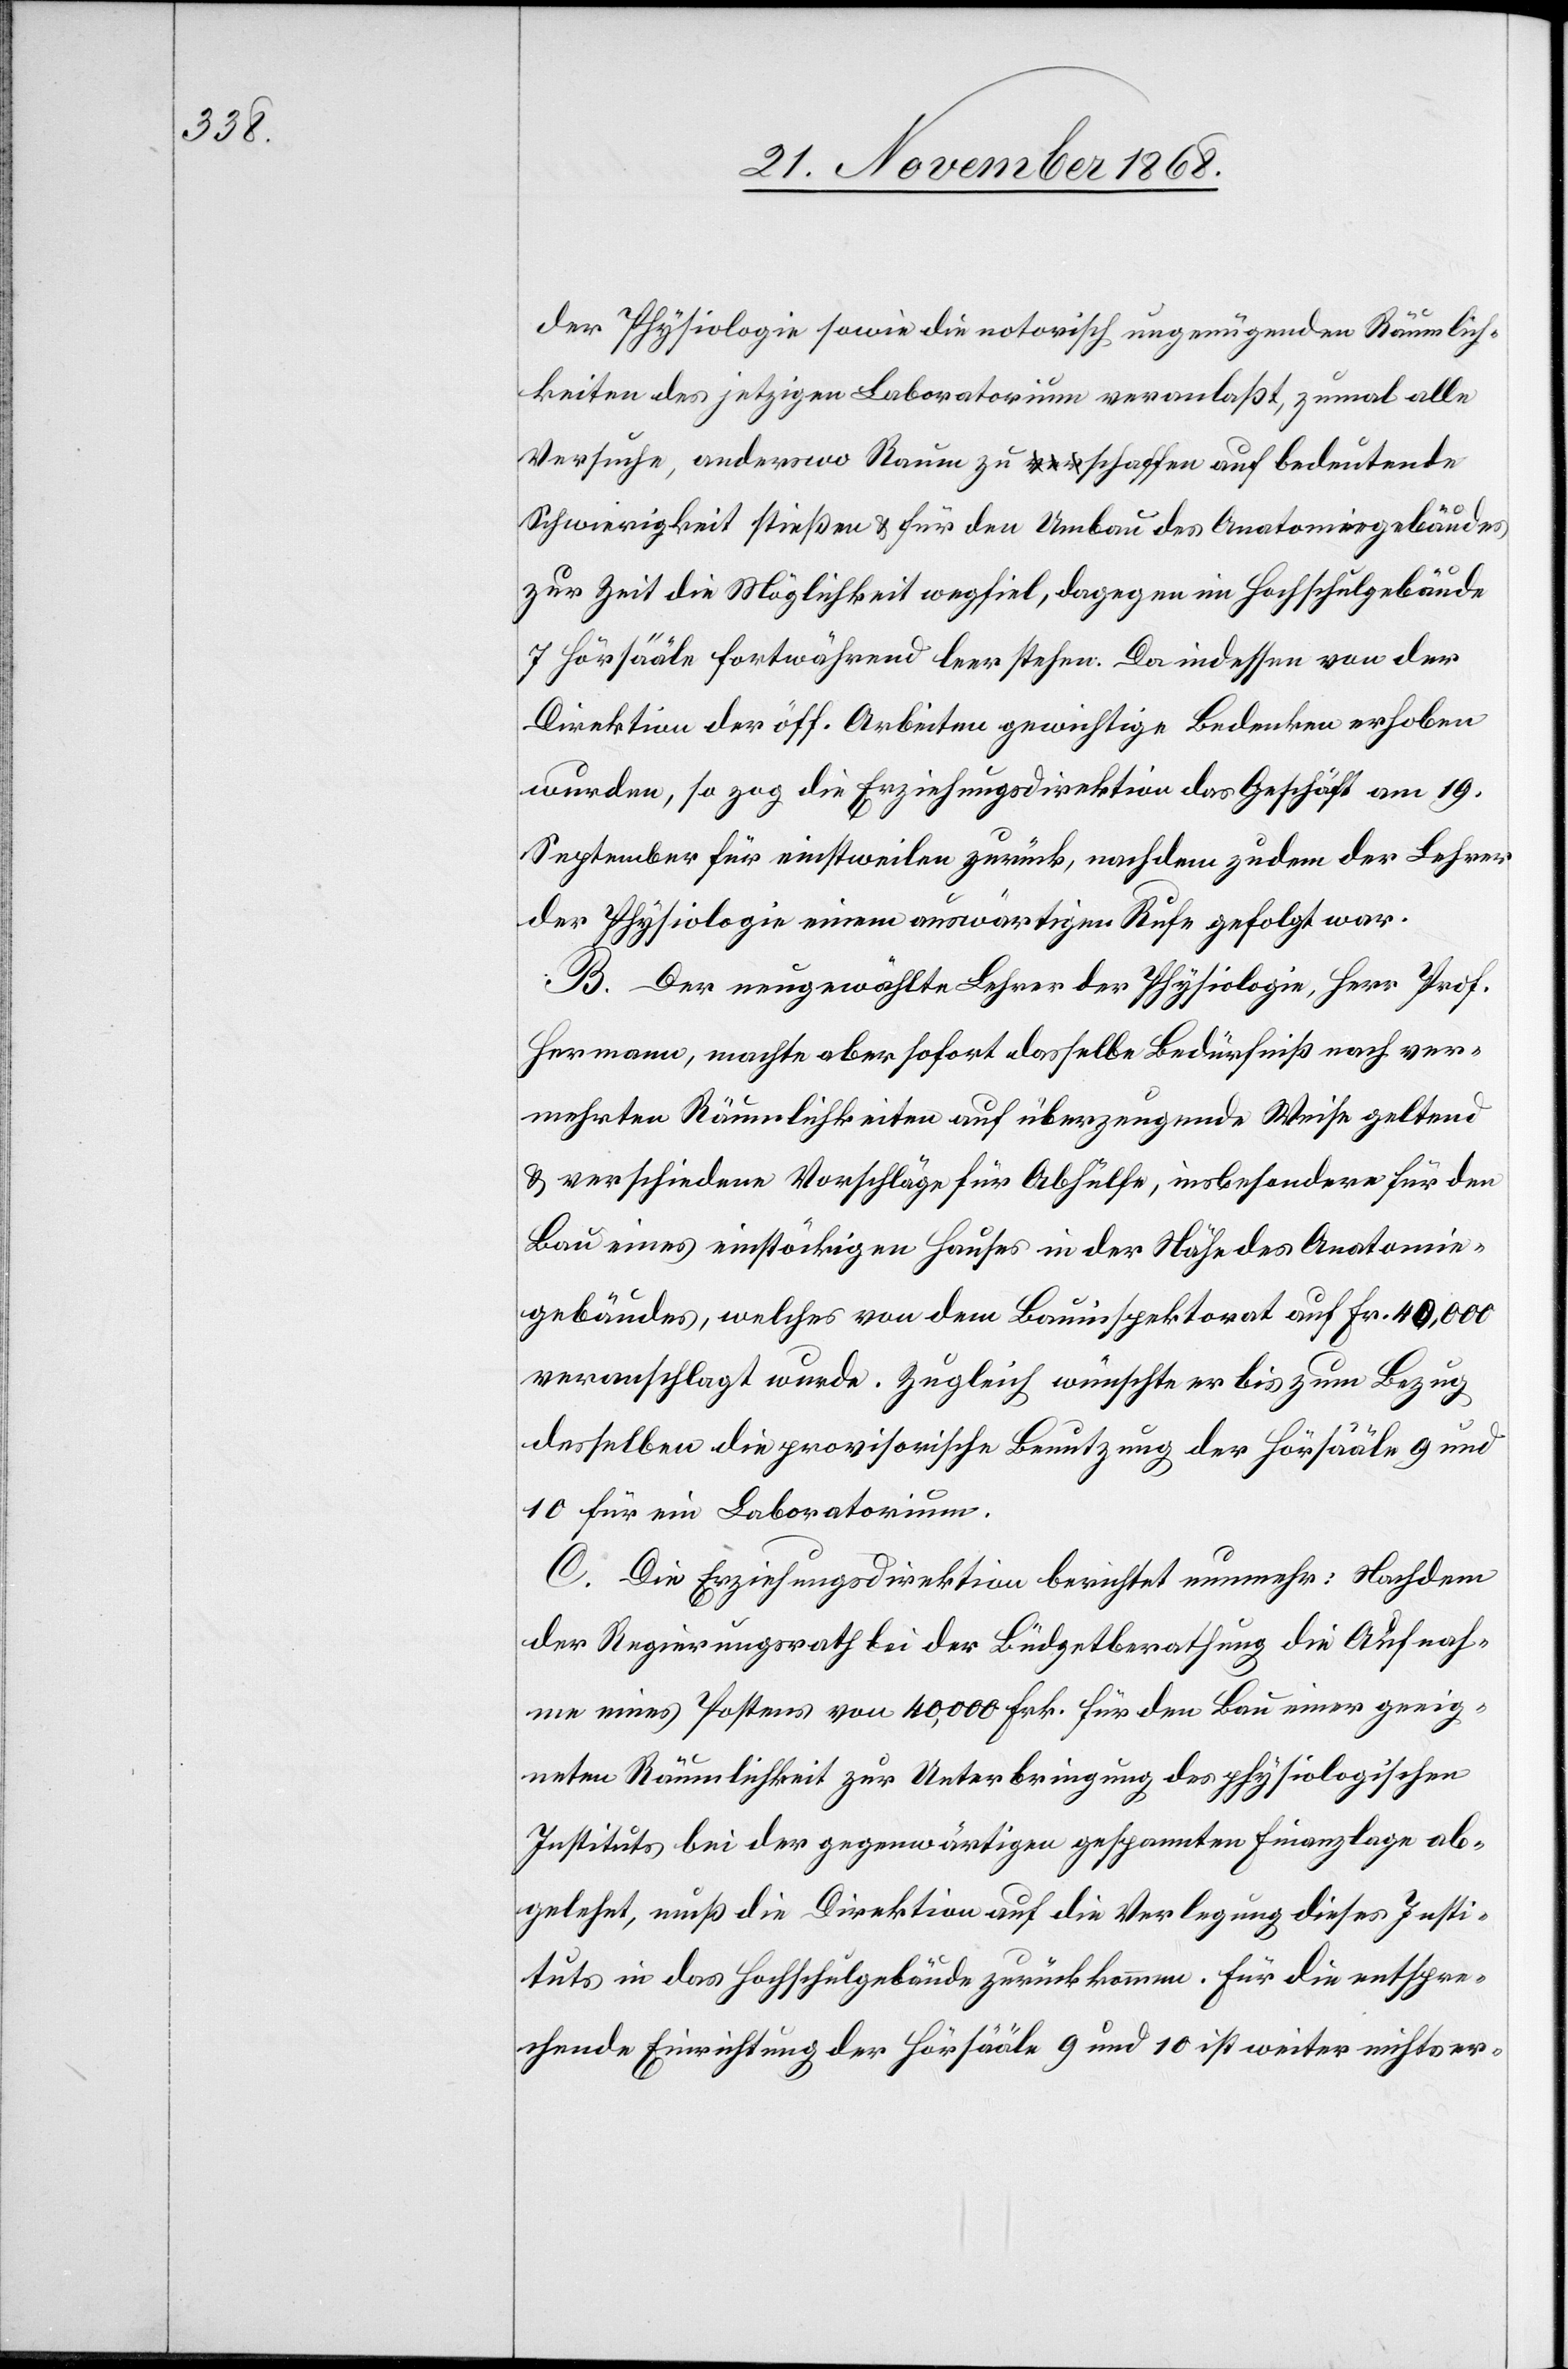
der Physiologie sowie die notorisch ungenügenden Räumlich¬
keiten des jetzigen Laboratorium veranlaßt, zumal alle
Versuche, anderswo Raum zu a-ver-aschaffen auf bedeutende
Schwierigkeit stießen & für den Umbau des Anatomiegebäudes
zur Zeit die Möglichkeit wegfiel, dagegen im Hochschulgebäude
7 Hörsääle fortwährend leer stehen. Da indessen von der
Direktion der öff. Arbeiten gewichtige Bedenken erhoben
wurden, so zog die Erziehungsdirektion das Geschäft am 19.
September für einstweilen zurück, nachdem zudem der Lehrer
der Physiologie einem auswärtigen Rufe gefolgt war.
B. Der neugewählte Lehrer der Physiologie, Herr Prof.
Hermann, machte aber sofort dasselbe Bedürfniß nach ver¬
mehrten Räumlichkeiten auf überzeugende Weise geltend
& verschiedene Vorschläge für Abhülfe, insbesondere für den
Bau eines einstöckigen Hauses in der Nähe des Anatomie¬
gebäudes, welches von dem Bauinspektorat auf Fr. 40,000
veranschlagt wurde. Zugleich wünschte er bis zum Bezug
desselben die provisorische Benutzung der Hörsääle 9 und
10 für ein Laboratorium.
C. Die Erziehungsdirektion berichtet nunmehr: Nachdem
der Regierungsrath bei der Büdgetberathung die Aufnah¬
me eines Postens von 40,000 Frk. für den Bau einer geeig¬
neten Räumlichkeit zur Unterbringung des physiologischen
Instituts bei der gegenwärtigen gespannten Finanzlage ab¬
gelehnt, muß die Direktion auf die Verlegung dieses Insti¬
tuts in das Hochschulgebäude zurückkommen. Für die entspre¬
chende Einrichtung der Hörsääle 9 und 10 ist weiter nichts er-